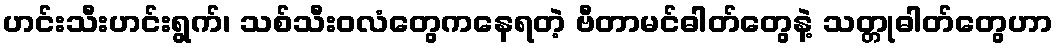
ဟင်းသီးဟင်းရွက်၊ သစ်သီးဝလံတွေကနေရတဲ့ ဗီတာမင်ဓါတ်တွေနဲ့ သတ္တုဓါတ်တွေဟာ